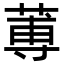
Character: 蒪